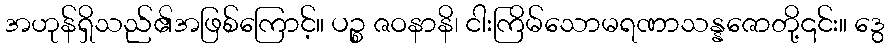
အဟုန်ရှိသည်၏အဖြစ်ကြောင့်။ ပဉ္စ ဇဝနာနိ၊ ငါးကြိမ်သောမရဏာသန္နဇောတို့၎င်း။ ဒွေ